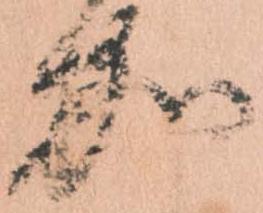
加